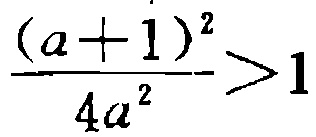
\frac{(a + 1)^2}{4a^2}>1